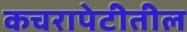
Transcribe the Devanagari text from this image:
कचरापेटीतील